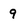
Character: 9